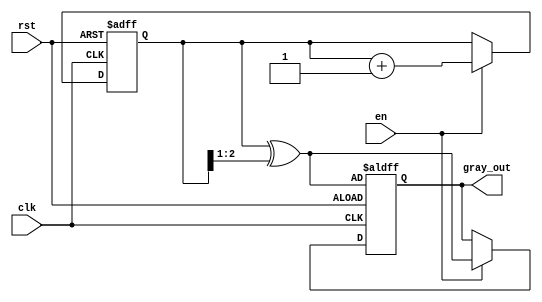
module gray_code_counter (
    input wire clk,         // Clock signal
    input wire rst,         // Asynchronous reset signal
    input wire en,          // Enable signal
    output reg [2:0] gray_out // 3-bit Gray code output
);

    reg [2:0] binary_count; // Internal binary counter

    // Gray code conversion function
    function [2:0] binary_to_gray;
        input [2:0] binary;
        begin
            binary_to_gray = binary ^ (binary >> 1);
        end
    endfunction

    // Sequential logic for the counter
    always @(posedge clk or posedge rst) begin
        if (rst) begin
            // Reset condition
            binary_count <= 3'b000; // Initialize binary counter to 0
            gray_out <= binary_to_gray(binary_count); // Update Gray code output
        end else if (en) begin
            // Counting condition
            binary_count <= binary_count + 1; // Increment binary counter
            gray_out <= binary_to_gray(binary_count); // Update Gray code output
        end
    end

endmodule